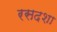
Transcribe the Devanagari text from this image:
रसदशा